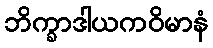
ဘိက္ခာဒါယကဝိမာနံ